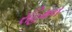
રહિમન